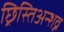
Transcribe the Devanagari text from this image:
छ्रिस्तिअन्शव्न